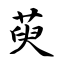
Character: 萸